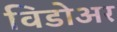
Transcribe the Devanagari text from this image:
विडोअर